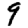
Digit: 9